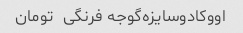
اووکادو‌سایزه‌گوجه فرنگی  تومان